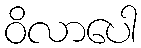
ဝိလာပေါ